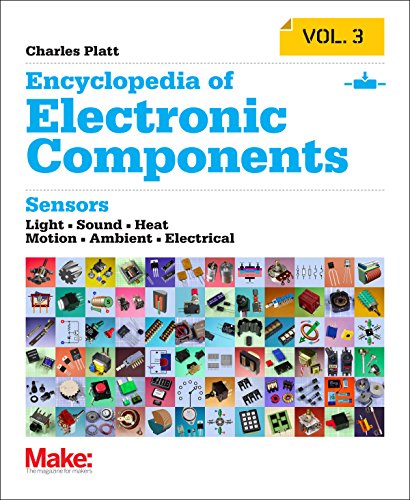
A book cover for Make: Encyclopedia of Electronic Components Volume 3: Light, Sound, Heat, Motion, Ambient, and Electrical Sensors; Charles Platt; Engineering & Transportation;